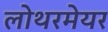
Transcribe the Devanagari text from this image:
लोथरमेयर